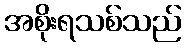
အစိုးရသစ်သည်